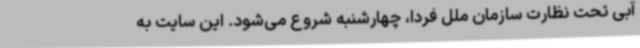
آبی تحت نظارت سازمان ملل فردا، چهارشنبه شروع می‌شود. این سایت به